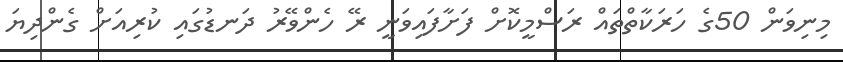
މިނިވަން 50ގެ ހަރަކާތްތައް ރަސްމީކޮށް ފަށާފައިވަނީ ރޭ ހެންވޭރު ދަނޑުގައި ކުރިއަށް ގެންދިޔަ